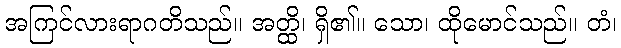
အကြင်လားရာဂတိသည်။ အတ္ထိ၊ ရှိ၏။ သော၊ ထိုမောင်သည်။ တံ၊